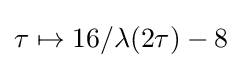
\tau \mapsto 16/\lambda (2\tau )-8